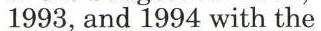
1993, and 1994 with the